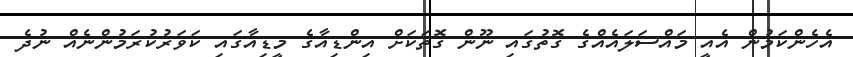
އެހެންކަމުން އެއީ މައްސަލައެއްގެ ގޮތުގައި ނޫން ގޮތަކަށް އިންޑިއާގެ މީޑިއާގައި ކަވަރުކުރަމުންނެއް ނުދެ